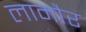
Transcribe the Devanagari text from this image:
लामौर